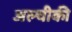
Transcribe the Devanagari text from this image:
अल्चीकी